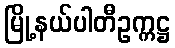
မြို့နယ်ပါတီဥက္ကဋ္ဌ